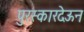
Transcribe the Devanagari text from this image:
पुरस्कारदेऊन